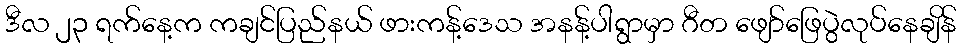
ဒီလ ၂၃ ရက်နေ့က ကချင်ပြည်နယ် ဖားကန့်ဒေသ အနန့်ပါရွာမှာ ဂီတ ဖျော်ဖြေပွဲလုပ်နေချိန်